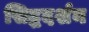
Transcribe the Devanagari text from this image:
सिद्धदर्शन